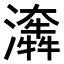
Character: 𤂤